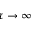
\tau \to \infty